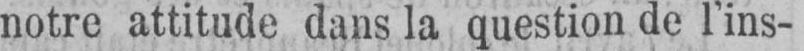
notre attitude dans la question de l’ins-